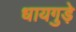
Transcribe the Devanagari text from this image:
धायगुड़े